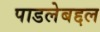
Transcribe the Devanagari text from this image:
पाडलेबद्दल